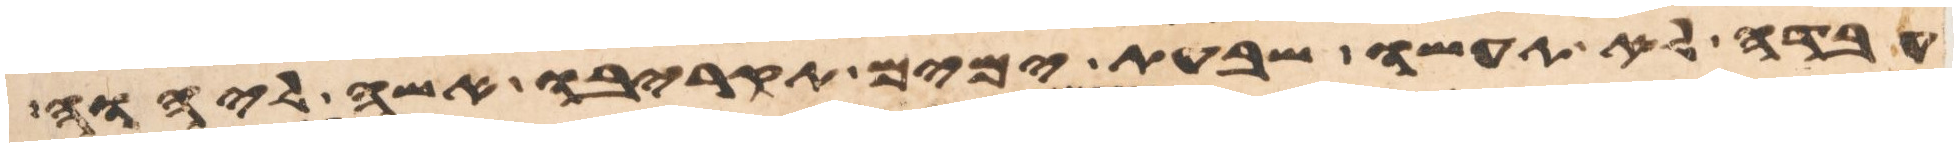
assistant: עבדה לא תעשו שבעת ימים תקריבו אשה ליהוה